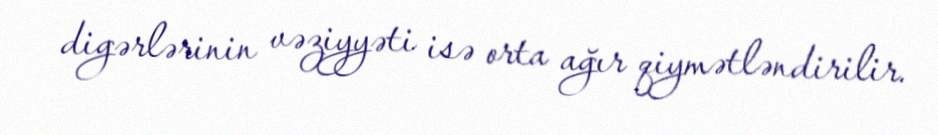
digərlərinin vəziyyəti isə orta ağır qiymətləndirilir.